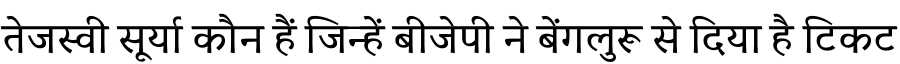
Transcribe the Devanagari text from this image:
तेजस्वी सूर्या कौन हैं जिन्हें बीजेपी ने बेंगलुरू से दिया है टिकट